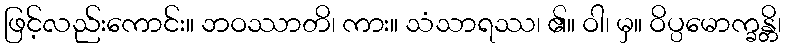
ဖြင့်လည်းကောင်း။ ဘဝဿာတိ၊ ကား။ သံသာရဿ၊ ၏။ ဝါ၊ မှ။ ဝိပ္ပမောက္ခန္တိ၊